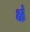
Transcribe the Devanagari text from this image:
क्षं